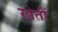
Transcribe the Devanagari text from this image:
खेतौं